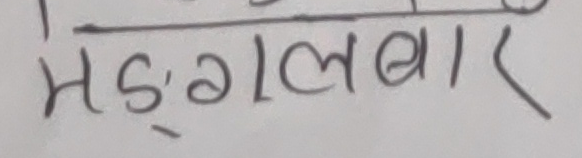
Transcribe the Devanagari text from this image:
मंगलबार